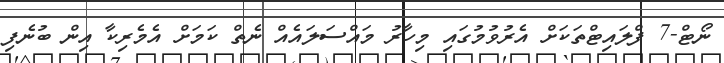
ނޯޓް-7 ފްލައިޓްތަކަށް އެރުވުމުގައި މިހާރު މައްސަލައެއް ނެތް ކަމަށް އެމެރިކާ އިން ބުނެފި